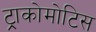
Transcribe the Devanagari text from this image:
ट्राकोमोटिस